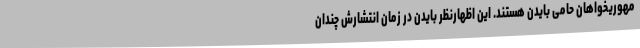
مهوریخواهان حامی بایدن هستند. این اظهارنظر بایدن در زمان انتشارش چندان